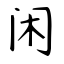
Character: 闲